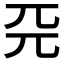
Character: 𠀘